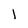
Character: I